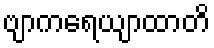
ဗျာကရေယျာထာတိ